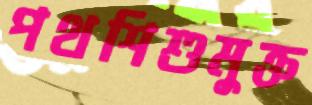
পথশিশুমুক্ত